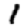
Digit: 1